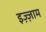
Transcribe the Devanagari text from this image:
इज़्ज़ाम